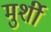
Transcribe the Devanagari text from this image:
मुर्शी